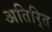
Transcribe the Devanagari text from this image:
अतिरि्‍त